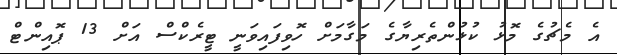
އެ މެޗުގެ މޮޅު ކުޅުންތެރިޔާގެ މަގާމަށް ހޮވިފައިވަނީ ޓީރެކްސް އަށް 13 ޕޮއިންޓް